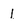
Character: l